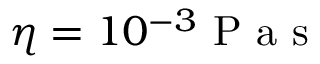
\eta = 1 0 ^ { - 3 } \mathrm { ~ P ~ a ~ s ~ }